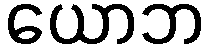
ယောဘ